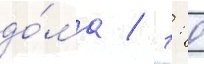
до́ма / 1: 0